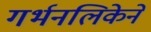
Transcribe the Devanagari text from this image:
गर्भनलिकेने